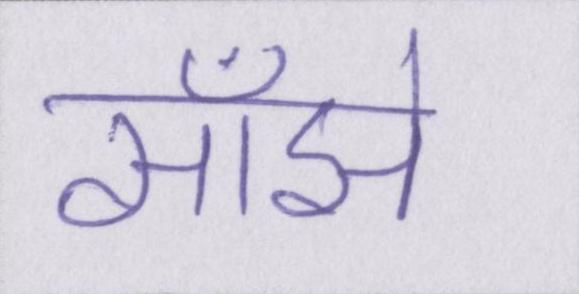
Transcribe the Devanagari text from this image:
साँझे